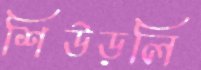
শিউড়লি